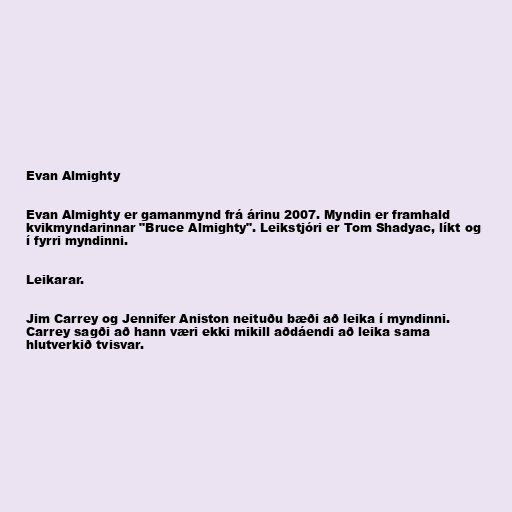
Evan Almighty

Evan Almighty er gamanmynd frá árinu 2007. Myndin er framhald
kvikmyndarinnar "Bruce Almighty". Leikstjóri er Tom Shadyac, líkt og
í fyrri myndinni.

Leikarar.

Jim Carrey og Jennifer Aniston neituðu bæði að leika í myndinni.
Carrey sagði að hann væri ekki mikill aðdáendi að leika sama
hlutverkið tvisvar.